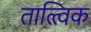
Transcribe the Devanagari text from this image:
तात्‍त्‍विक